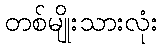
တစ်မျိုးသားလုံး